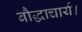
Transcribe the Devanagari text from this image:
बौद्धाचार्य।